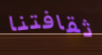
ثقافتنا